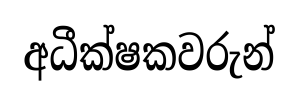
අධීක්ෂකවරුන්